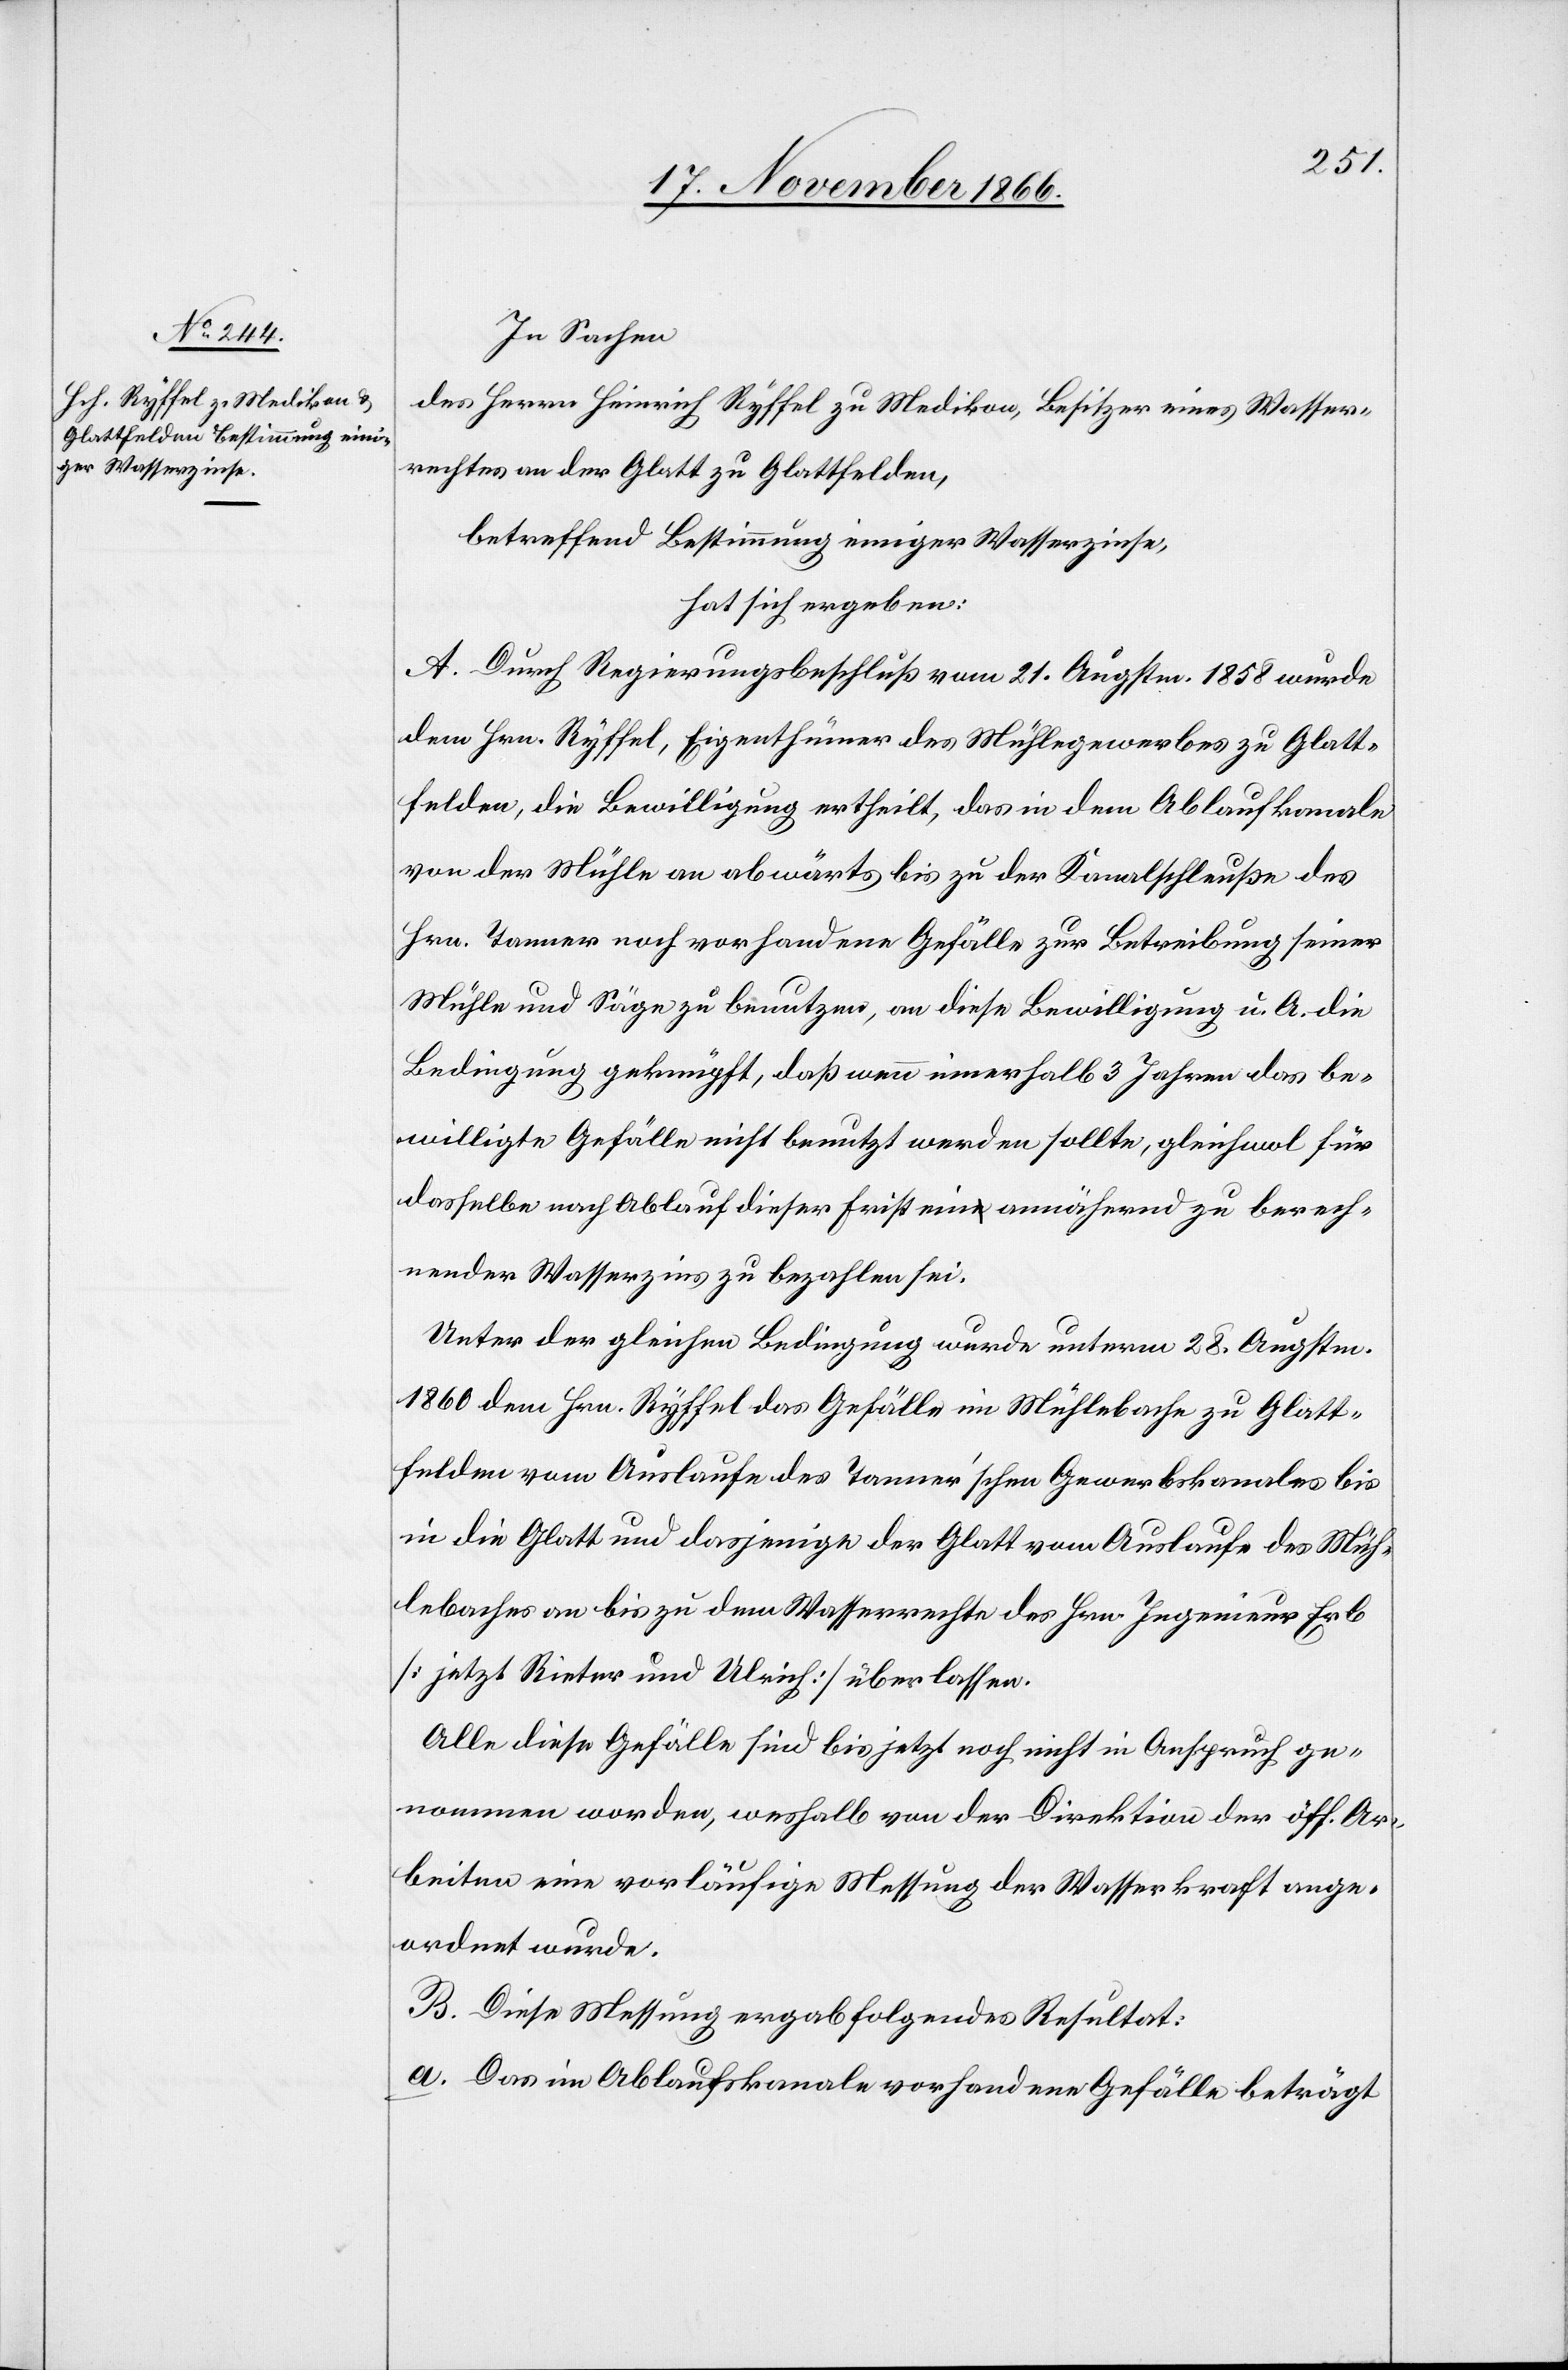
In Sachen
des Herrn Heinrich Ryffel zu Medikon, Besitzer eines Wasser¬
rechtes an der Glatt zu Glattfelden,
betreffend Bestimmung einiger Wasserzinse,
hat sich ergeben:
A. Durch Regierungsbeschluß vom 21. Augstm. 1858 wurde
dem Hrn. Ryffel, Eigenthümer des Mühlegewerbes zu Glatt¬
felden, die Bewilligung ertheilt, das in dem Ablaufkanale
von der Mühle an abwärts bis zu der Kanalschleuße des
Hrn. Tanner noch vorhandene Gefälle zur Betreibung seiner
Mühle und Säge zu benutzen, an diese Bewilligung u. A. die
Bedingung geknüpft, daß wenn innerhalb 3 Jahren das be¬
willigte Gefälle nicht benutzt werden sollte, gleichwol für
dasselbe nach Ablauf dieser Frist ein annähernd zu berech¬
nender Wasserzins zu bezahlen sei.
Unter der gleichen Bedingung wurde unterm 28. Augstm.
1860 dem Hrn. Ryffel das Gefälle im Mühlebache zu Glatt¬
felden vom Auslaufe des Tanner’schen Gewerbskanales bis
in die Glatt und dasjenige der Glatt vom Auslaufe des Müh¬
lebaches an bis zu dem Wasserrechte des Hrn. Ingenieur Erb
[jetzt Rieter und Ulrich] überlassen.
Alle diese Gefälle sind bis jetzt noch nicht in Anspruch ge¬
nommen worden, weshalb von der Direktion der öff. Ar¬
beiten eine vorläufige Messung der Wasserkraft ange¬
ordnet wurde.
B. Diese Messung ergab folgendes Resultat:
Das im Ablaufskanale vorhandene Gefälle beträgt